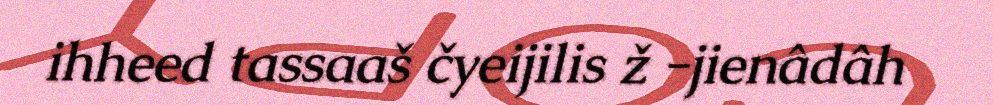
ihheed tassaaš čyeijilis ž -jienâdâh